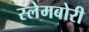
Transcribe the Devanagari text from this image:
स्‍लेमबोरी